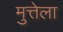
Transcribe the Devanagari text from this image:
मुत्तेला